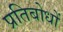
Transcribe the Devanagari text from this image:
प्रतिबोधों